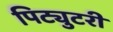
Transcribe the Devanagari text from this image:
पिट्युटरी